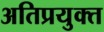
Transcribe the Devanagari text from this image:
अतिप्रयुक्त